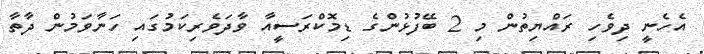
އެހެނީ ދިވެހި ރައްޔިތުން މި 2 ބޭފުޅުންގެ ޑިމޮކްރަސީއާ ވާދަވެރިކަމުގައި ހަނާވަމުން ދާތާ